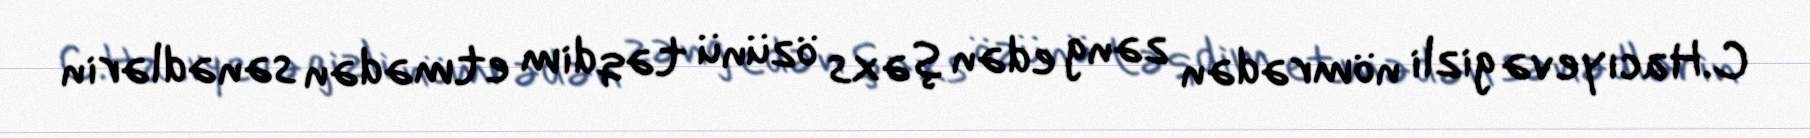
C.Hacıyevə gizli nömrədən zəng edən şəxs özünü təqdim etmədən sənədlərin